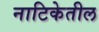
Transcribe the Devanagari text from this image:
नाटिकेतील